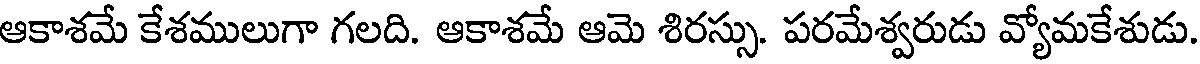
ఆకాశమే కేశములుగా గలది. ఆకాశమే ఆమె శిరస్సు. పరమేశ్వరుడు వ్యోమకేశుడు.